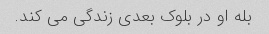
بله او در بلوک بعدی زندگی می کند.